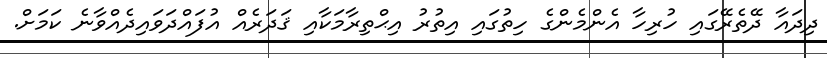
ދިދައާ ދޭތެރޭގައި ހުރިހާ އެންމެންގެ ހިތުގައި އިތުރު އިޙްތިރާމަކާއި ޤަދަރެއް އުފައްދަވައިދެއްވާނެ ކަމަށް.